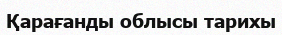
Қарағанды облысы тарихы